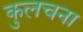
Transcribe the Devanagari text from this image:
कुलचना